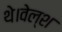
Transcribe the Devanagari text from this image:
थे।वेल्श